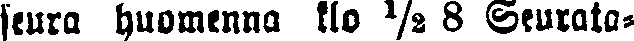
seura huomenna klo ½ 8 Seurata-